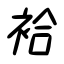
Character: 袷